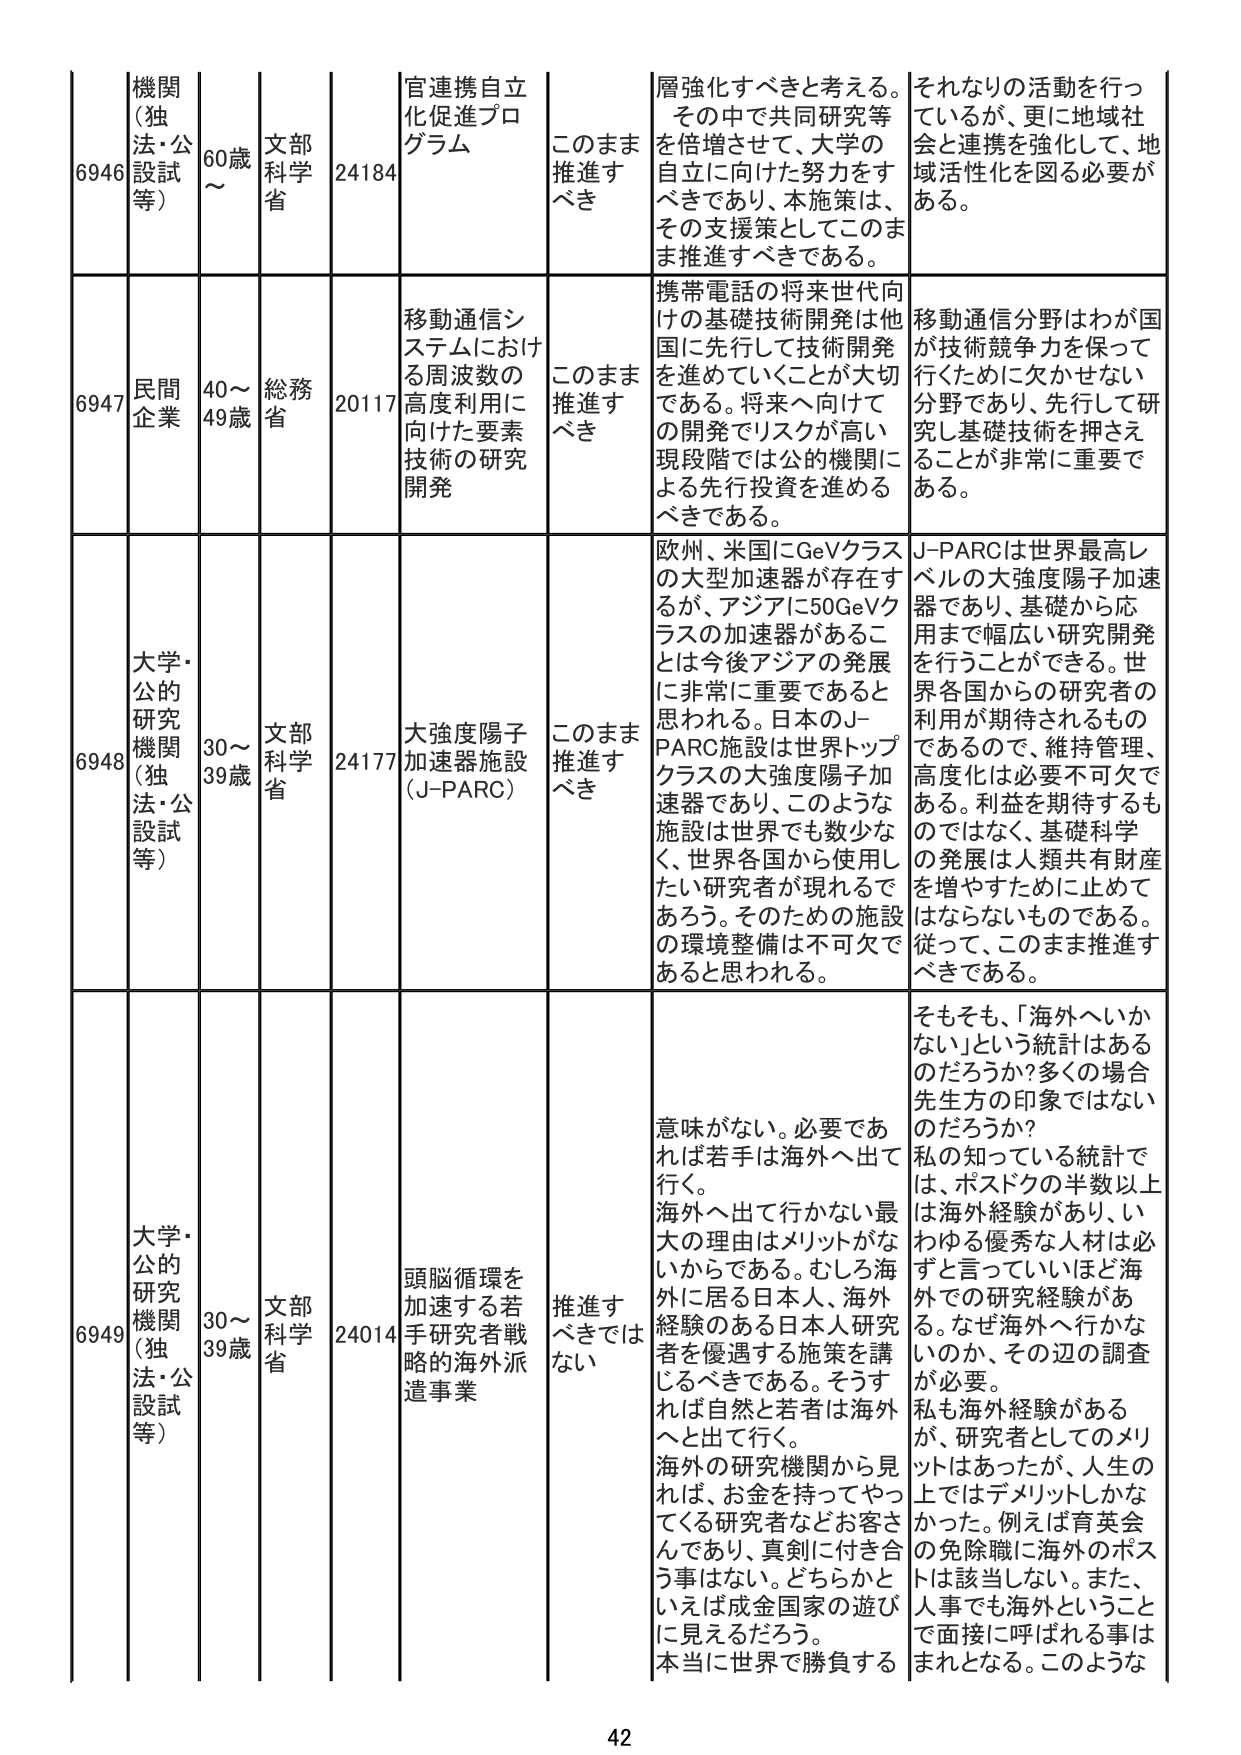
6946 機関（独法・公設試等） 60歳～ 文部科学省 24184 官連携自立化促進プログラム このまま推進すべき 層強化すべきと考える。その中で共同研究等を倍増させて、大学の自立に向けた努力をすべきであり、本施策は、その支援策としてこのまま推進すべきである。 それなりの活動を行っているが、更に地域社会と連携を強化して、地域活性化を図る必要がある。

6947 民間企業 40～49歳 総務省 20117 移動通信システムにおける周波数の高度利用に向けた要素技術の研究開発 このまま推進すべき 携帯電話の将来世代向けの基礎技術開発は他国に先行して技術開発を進めていくことが大切である。将来へ向けた開発でリスクが高い現段階では公的機関による先行投資を進めるべきである。 移動通信分野はわが国が技術競争力を保って行くために欠かせない分野であり、先行して研究し基礎技術を押さえることが非常に重要である。

6948 大学・公的研究機関（独法・公設試等） 30～39歳 文部科学省 24177 大強度陽子加速器施設（J-PARC） このまま推進すべき 欧州、米国にGeVクラスの大型加速器が存在するが、アジアに50GeVクラスの加速器があることは今後アジアの発展に非常に重要であると思われる。日本のJ-PARC施設は世界トップクラスの大強度陽子加速器であり、このような施設は世界でも数少ない、世界各国から使用したい研究者が現れるであろう。そのための施設の環境整備は不可欠であると思われる。 J-PARCは世界最高レベルの大強度陽子加速器であり、基礎から応用まで幅広い研究開発を行うことができる。世界各国からの研究者の利用が期待されるものであるので、維持管理、高度化は必要不可欠である。利益を期待するものではなく、基礎科学の発展は人類共有財産を増やすために止めてはならないものである。従って、このまま推進すべきである。

6949 大学・公的研究機関（独法・公設試等） 30～39歳 文部科学省 24014 頭脳循環を加速する若手研究者戦略的海外派遣事業 推進すべきではない 意味がない。必要であれば若手は海外へ出て行く。海外へ出て行かない最大の理由はメリットがないからである。むしろ海外に居る日本人、海外経験のある日本人研究者を優遇する施策を講じるべきである。そうすれば自然と若者は海外へと出て行く。海外の研究機関から見れば、お金を持ってやってくる研究者などお客さんであり、真剣に付き合う事はない。どちらかといえば成金国家の遊びに見えるだろう。本当に世界で勝負する そもそも、「海外へいかない」という統計はあるのだろうか？多くの場合先生方の印象ではないのだろうか？私の知っている統計では、ポスドクの半数以上は海外経験があり、いわゆる優秀な人材は必ずと言っていいほど海外での研究経験がある。なぜ海外へ行かないのか、その辺の調査が必要。私も海外経験があるが、研究者としてのメリットはあったが、人生の上ではデメリットしかなかった。例えば育英会の免除職に海外のポストは該当しない。また、人事でも海外ということて直接に呼ばれる事はまれとなる。このような

42